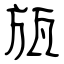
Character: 瓬